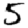
Digit: 5